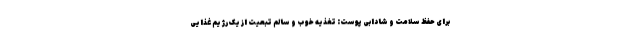
برای حفظ سلامت و شادابی پوست: تغذیه خوب و سالم تبعیت از یک رژیم غذایی